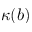
\kappa ( b )